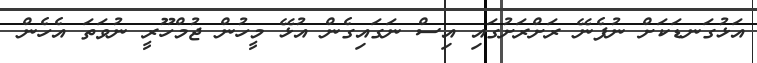
އަޅުގަނޑަކަށް ނުފެނޭ ރަށްރަށުގައި އިސް ނަގައިގެން އުޅޭ މީހުން ޖުމްހޫރީ ނުވަތަ އެހެން